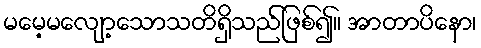
မမေ့မလျော့သောသတိရှိသည်ဖြစ်၍။ အာတာပိနော၊